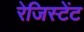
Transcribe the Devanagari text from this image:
रेजिस्टेंट